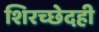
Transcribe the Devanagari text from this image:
शिरच्छेदही